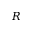
R